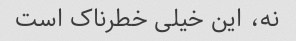
نه، این خیلی خطرناک است